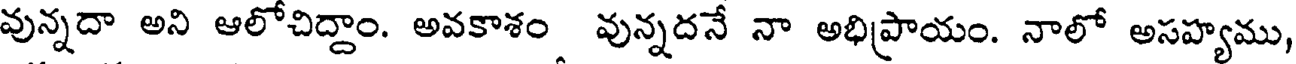
వున్నదా అని ఆలోచిద్దాం. అవకాశం వున్నదనే నా అభిప్రాయం. నాలో అసహ్యము,